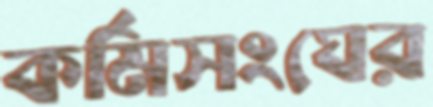
কর্মিসংঘের